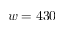
w = 4 3 0